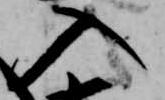
入